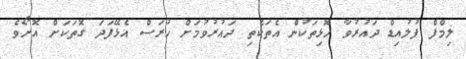
ލިމްފް ފުލުއިޑް ދައުރުވާ ހޮޅިތަކުން އެތަކެތި ދައުރުވުމަށް ހުރަސް އެޅޭފަދަ ގޮތަކަށް އޮށޯވެ